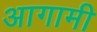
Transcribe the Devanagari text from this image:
अागामी